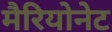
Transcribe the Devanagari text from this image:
मैरियोनेट